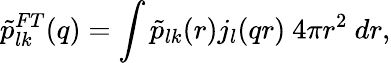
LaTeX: \tilde{p}_{lk}^{FT}(q)=\int\tilde{p}_{lk}(r)j_{l}(qr)~4\pi r^{2}~dr,